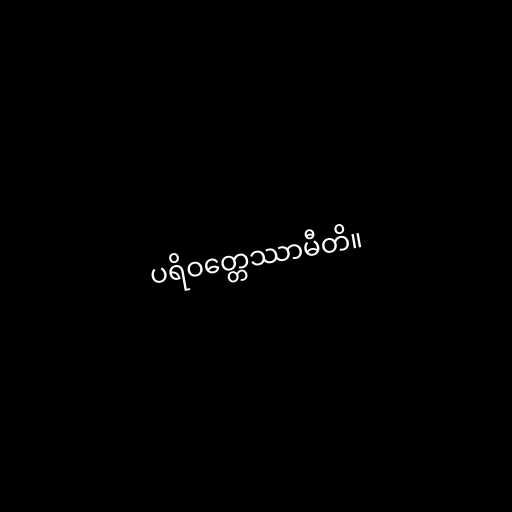
ပရိဝတ္တေဿာမီတိ။